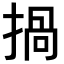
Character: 𢰸